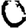
Digit: 0